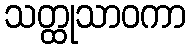
သတ္ထုသာဝကာ